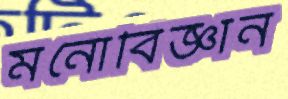
মনোবিজ্ঞান